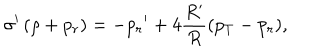
LaTeX: \sigma ^ { \prime } \left( \rho + { p _ { r } } \right) = - { p _ { r } } ^ { \prime } + 4 { \frac { R ^ { \prime } } { R } } ( { p _ { T } } - { p _ { r } } ) ,